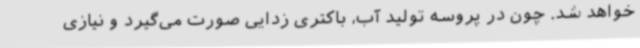
خواهد شد. چون در پروسه تولید آب، باکتری زدایی صورت می‌گیرد و نیازی